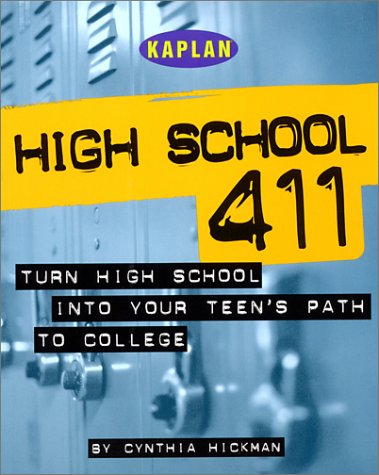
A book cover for Kaplan High School 411; Kaplan; Test Preparation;